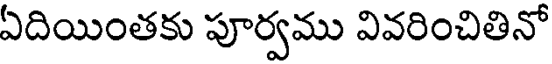
ఏదియింతకు పూర్వము వివరించితినో